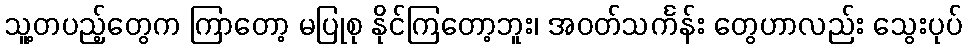
သူ့တပည့်တွေက ကြာတော့ မပြုစု နိုင်ကြတော့ဘူး၊ အဝတ်သင်္ကန်း တွေဟာလည်း သွေးပုပ်